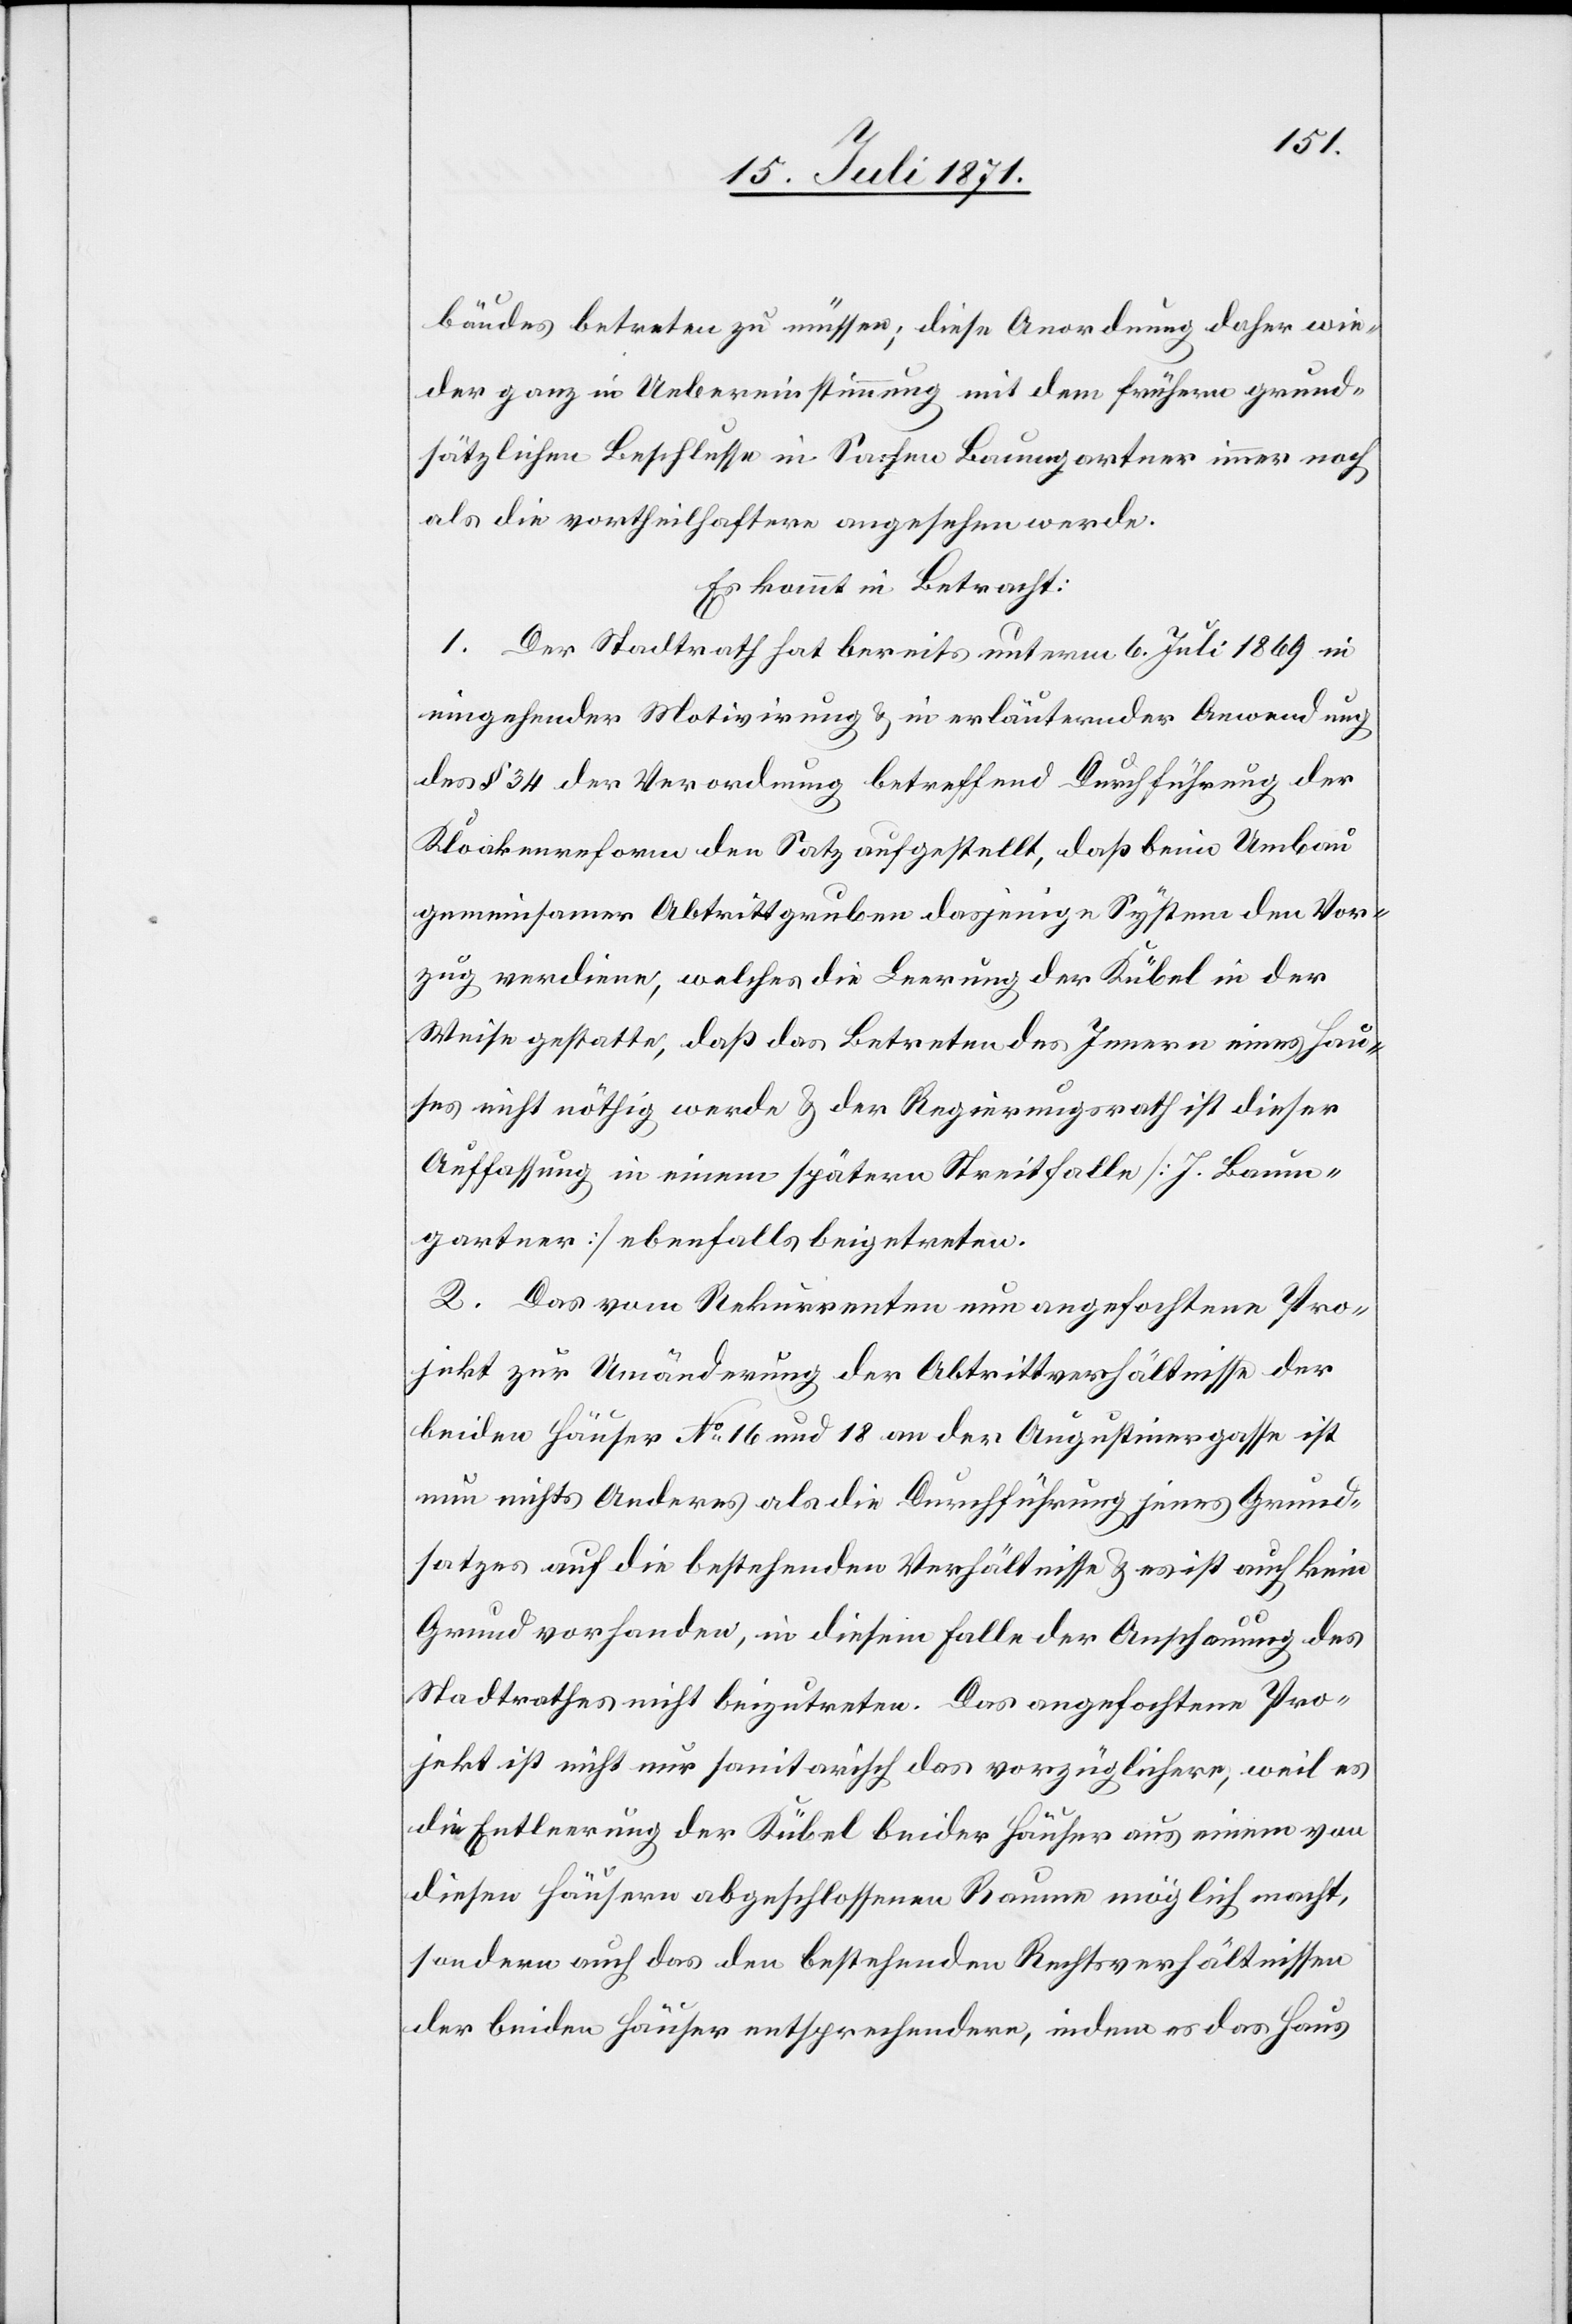
bäudes betreten zu müssen; diese Anordnung daher wie¬
der ganz in Uebereinstimmung mit dem frühern grund¬
sätzlichen Beschlusse in Sachen Baumgartner immer noch
als die vortheilhaftere angesehen werde.
Es kommt in Betracht:
1. Der Stadtrath hat bereits unterm 6. Juli 1869 in
eingehender Motivirung u. in erläuternder Anwendung
des § 34 der Verordnung betreffend Durchführung der
Kloakenreform den Satz aufgestellt, daß beim Umbau
gemeinsamer Abtrittgruben dasjenige System den Vor¬
zug verdiene, welches die Leerung der Kübel in der
Weise gestatte, daß das Betreten des Innern eines Hau¬
ses nicht nöthig werde u. der Regierungsrath ist dieser
Auffassung in einem spätern Streitfalle [J. Baum¬
gartner] ebenfalls beigetreten.
2. Das vom Rekurrenten nun angefochtene Pro¬
jekt zur Umänderung der Abtrittverhältnisse der
beiden Häuser No. 16 und 18 an der Augustinergasse ist
nun nichts Anderes als die Durchführung jenes Grund¬
satzes auf die bestehenden Verhältnisse u. es ist auch kein
Grund vorhanden, in diesem Falle der Anschauung des
Stadtrathes nicht beizutreten. Das angefochtene Pro¬
jekt ist nicht nur sanitarisch das vorzüglichere, weil es
die Entleerung der Kübel beider Häuser aus einem von
diesen Häusern abgeschlossenen Raume möglich macht,
sondern auch das den bestehenden Rechtsverhältnissen
der beiden Häuser entsprechendere, indem es das Haus